Leaving Certificate Examination, 1924
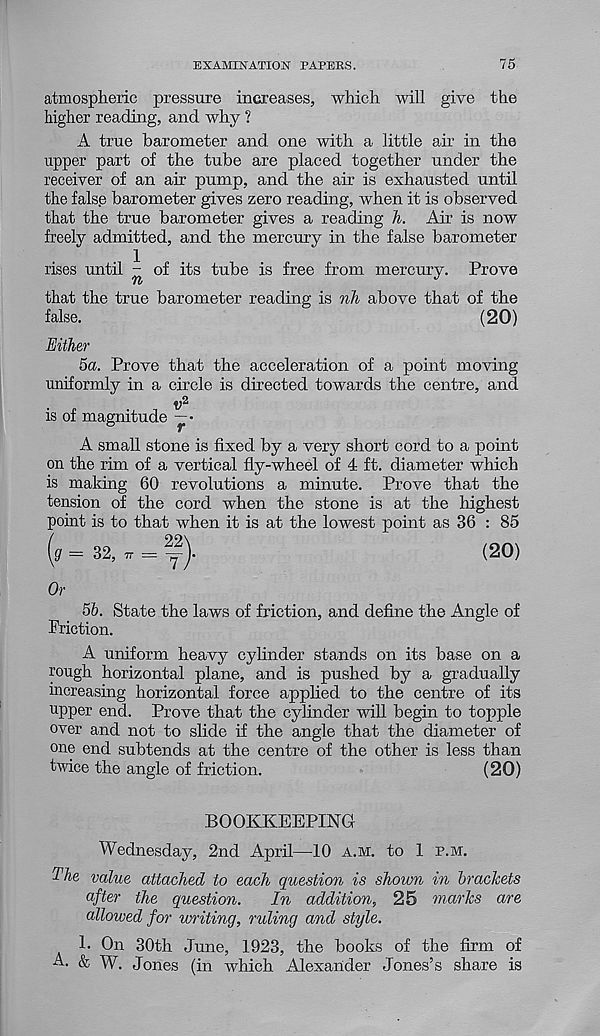
EXAMINATION PAPERS.
75
atmospheric pressure increases, which will give the
higher reading, and why ?
A true barometer and one with a little air in the
upper part of the tube are placed together under the
receiver of an air pump, and the air is exhausted until
the false barometer gives zero reading, when it is observed
that the true barometer gives a reading h. Air is now
freely admitted, and the mercury in the false barometer
rises until - of its tube is free from mercury. Prove
that the true barometer reading is nh above that of the
false.
(20)
Either
5a. Prove that the acceleration of a point moving
uniformly in a circle is directed towards the centre, and
v 2
is of magnitude ”•
A small stone is fixed by a very short cord to a point
on the rim of a vertical fly-wheel of 4 ft. diameter which
is making 60 revolutions a minute. Prove that the
tension of the cord when the stone is at the highest
point is to that when it is at the lowest point as 36 : 85
22\
<7 — 32, tt
(20)
Or
5b. State the laws of friction, and define the Angle of
Priction.
A uniform heavy cylinder stands on its base on a
rough horizontal plane, and is pushed by a gradually
increasing horizontal force applied to the centre of its
upper end. Prove that the cylinder will begin to topple
over and not to slide if the angle that the diameter of
one end subtends at the centre of the other is less than
twice the angle of friction.
(20)
BOOKKEEPING
Wednesday, 2nd April—10 a.m. to 1 p.m.
The value attached to each question is shown in brackets
after the question.
In addition, 25 marks are
allowed for writing, ruling and style.
1. On 30th June, 1923, the books of the firm of
A. & W. Jones (in which Alexander Jones’s share is